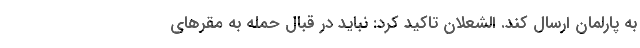
به پارلمان ارسال کند. الشعلان تاکید کرد: نباید در قبال حمله به مقرهای